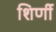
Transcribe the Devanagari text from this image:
शिर्णी